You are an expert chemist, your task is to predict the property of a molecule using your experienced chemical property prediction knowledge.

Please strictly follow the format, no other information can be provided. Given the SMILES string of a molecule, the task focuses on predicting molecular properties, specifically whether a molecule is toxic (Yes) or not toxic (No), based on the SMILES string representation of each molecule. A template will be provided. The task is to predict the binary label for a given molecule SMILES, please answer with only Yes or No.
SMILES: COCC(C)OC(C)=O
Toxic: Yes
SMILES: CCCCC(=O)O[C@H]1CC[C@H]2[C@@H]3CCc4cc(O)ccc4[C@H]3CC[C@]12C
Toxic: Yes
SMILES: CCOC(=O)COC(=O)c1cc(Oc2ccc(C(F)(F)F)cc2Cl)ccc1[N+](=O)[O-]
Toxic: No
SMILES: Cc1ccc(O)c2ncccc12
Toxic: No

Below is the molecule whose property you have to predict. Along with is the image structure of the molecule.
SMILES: O=C(O)CC/C=C\CC[C@H]1[C@@H](OCc2ccc(-c3ccccc3)cc2)C[C@H](O)[C@@H]1N1CCCCC1
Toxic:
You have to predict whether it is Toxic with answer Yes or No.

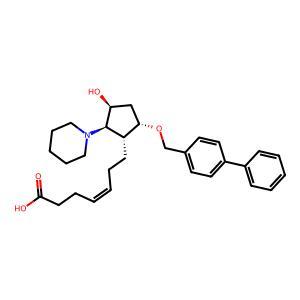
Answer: No